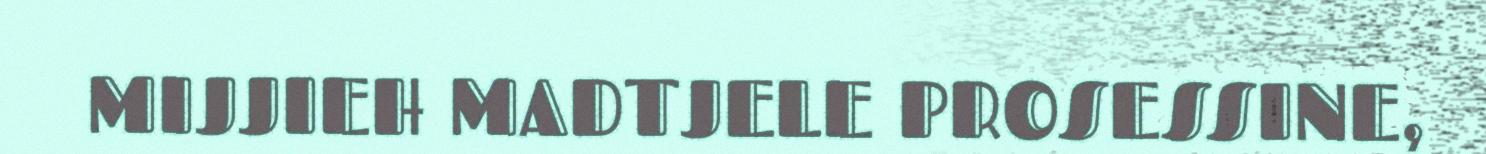
MIJJIEH MADTJELE PROSESSINE,